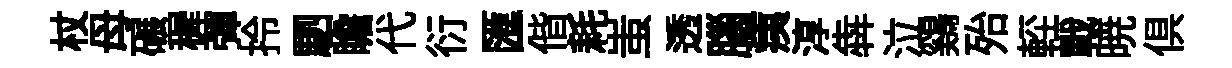
杖母碾穉彈拎駟瞻代衍匯偕耗蚩透腦痍淳犇泣鷄殆䡖戰暁俱